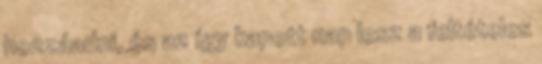
hozzáadni, és az így kapott nap lesz a feltételes